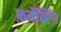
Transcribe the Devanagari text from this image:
फ़र्मेन्टिंग